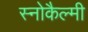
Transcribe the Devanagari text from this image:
स्नोकैल्मी